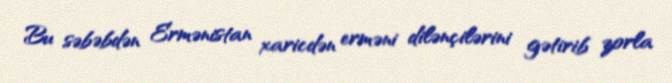
Bu səbəbdən Ermənistan xaricdən erməni dilənçilərini gətirib zorla